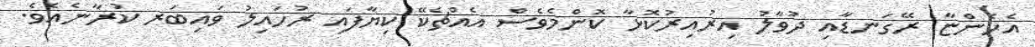
އެހެންޏާ ރޭގަނޑާއި ދުވާލު އިރުއިރުކޮޅާ ކޮންމެވެސް އެއްޗެކޭ ކިޔާފައި ރުހައިލު ވައިބަރ ކުރާނެއެވެ.